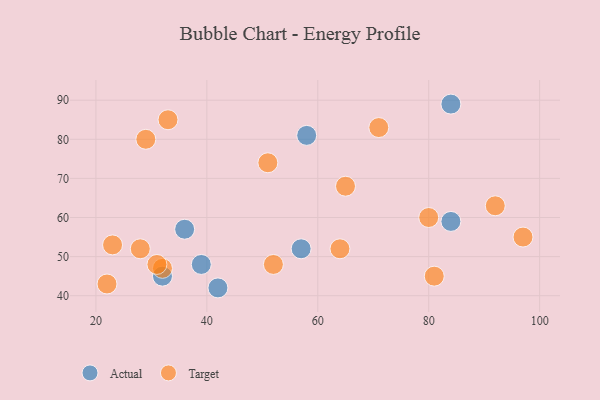
{"axis": {"x": "GDP", "y": "Life Expectancy"}, "legend": ["Actual", "Target"], "data": [{"x": "32", "y": 45, "type": "Actual"}, {"x": "84", "y": 59, "type": "Actual"}, {"x": "57", "y": 52, "type": "Actual"}, {"x": "39", "y": 48, "type": "Actual"}, {"x": "36", "y": 57, "type": "Actual"}, {"x": "42", "y": 42, "type": "Actual"}, {"x": "84", "y": 89, "type": "Actual"}, {"x": "58", "y": 81, "type": "Actual"}, {"x": "52", "y": 48, "type": "Target"}, {"x": "71", "y": 83, "type": "Target"}, {"x": "80", "y": 60, "type": "Target"}, {"x": "92", "y": 63, "type": "Target"}, {"x": "64", "y": 52, "type": "Target"}, {"x": "22", "y": 43, "type": "Target"}, {"x": "28", "y": 52, "type": "Target"}, {"x": "65", "y": 68, "type": "Target"}, {"x": "51", "y": 74, "type": "Target"}, {"x": "81", "y": 45, "type": "Target"}, {"x": "23", "y": 53, "type": "Target"}, {"x": "29", "y": 80, "type": "Target"}, {"x": "97", "y": 55, "type": "Target"}, {"x": "32", "y": 47, "type": "Target"}, {"x": "31", "y": 48, "type": "Target"}, {"x": "33", "y": 85, "type": "Target"}]}